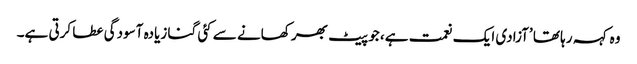
وہ کہہ رہا تھا ’آزادی ایک نعمت ہے، جو پیٹ بھر کھانے سے کئی گنا زیادہ آسودگی عطا کرتی ہے۔